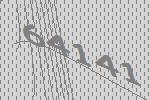
64141